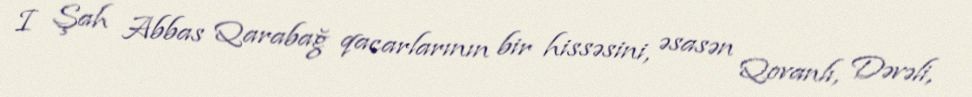
I Şah Abbas Qarabağ qacarlarının bir hissəsini, əsasən Qovanlı, Dəvəli,